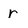
Character: r